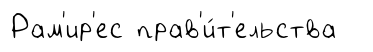
Рам'ир'ес прав'и́т'ельства